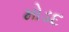
મોડદ